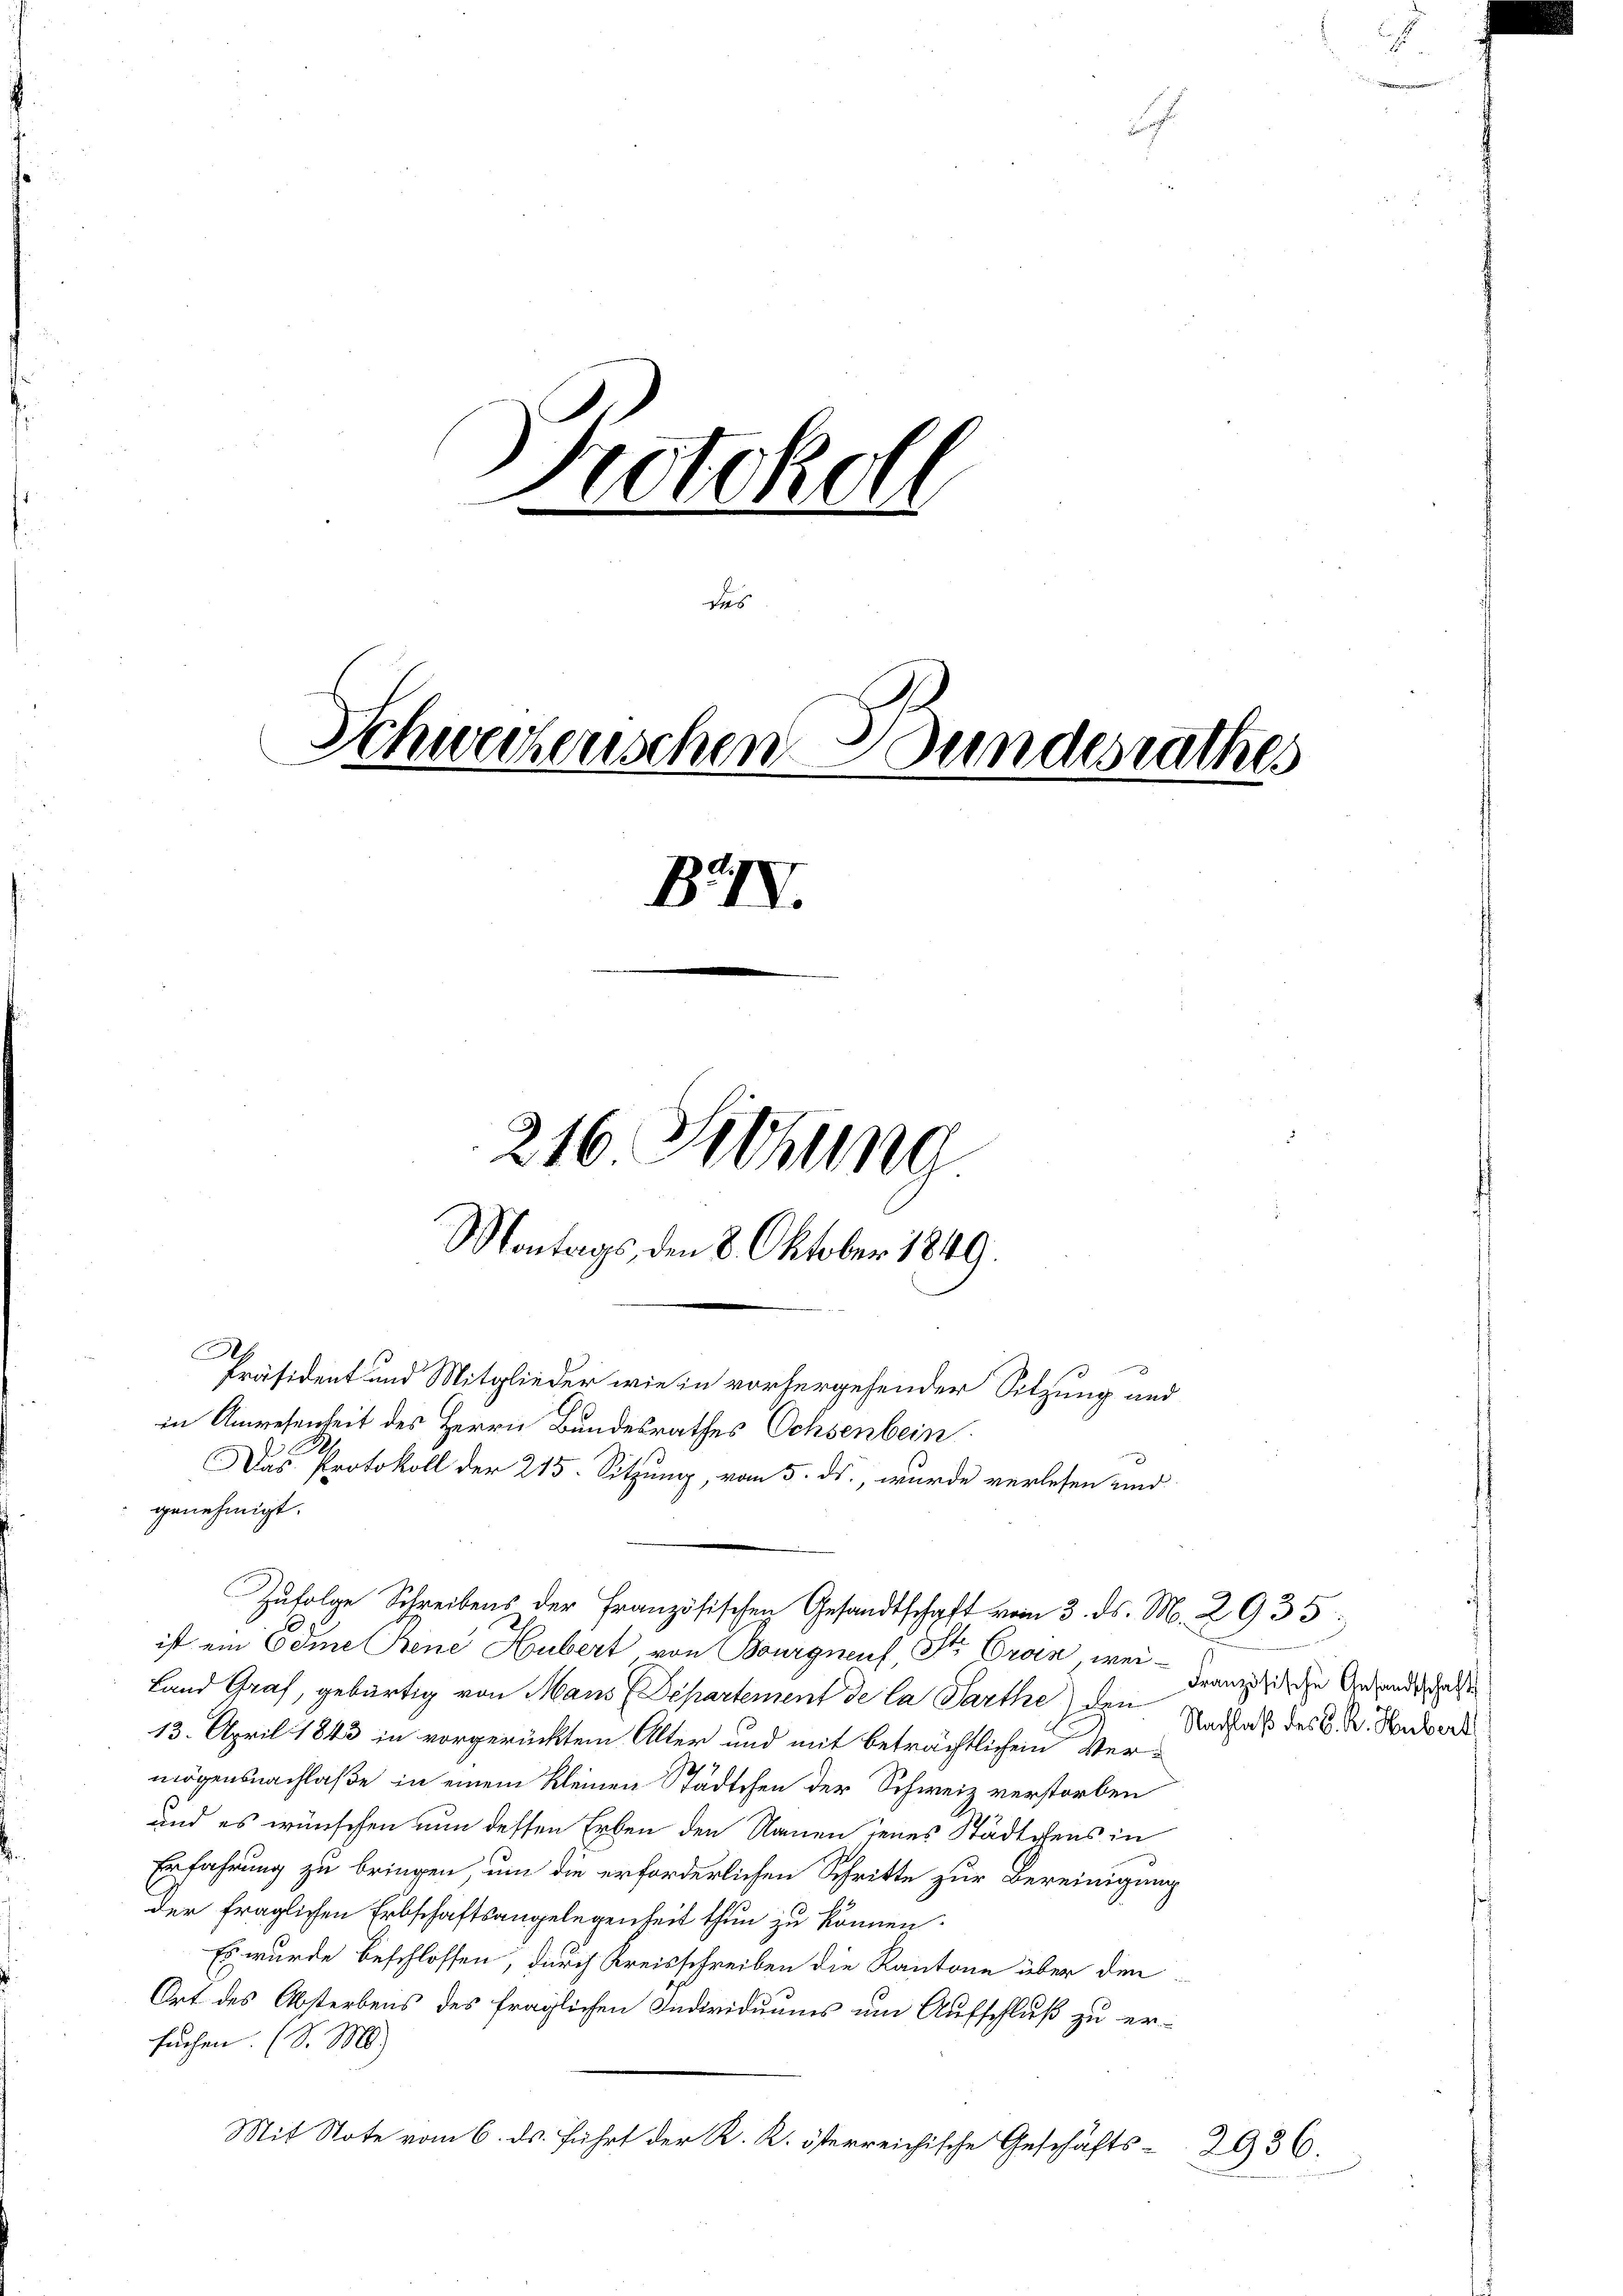
Potckch
des
d
Schweizerischen Wundesrathes
BV.
216 Setzung
Montags, den 8. Oktober 1849.

Präsident und Mitglieder wie in vorhergehender Sitzung und
in Anwesenheit des Herrn Bundesrathes Ochsenbein
Das Protokoll der 215. Sitzung, vom 5. ds., wurde verlesen und

ist ein Edme Bene Hubert von Bourgneus, St. Gran wei¬
Land Graf, gebürtig von Mans Departement de la Parthe den
13. April 1843 in vorgerücktem Alter und mit beträchtlichen Ver-
mögensnachlaße in einem Kleinen Städtchen der Schweiz verstorben
und es wünschen nun dessen Erben den Nauen jenes Städtchens in
Erfahrung zu bringen, um die erforderlichen Schritte zur Bereinigung
der fraglichen Erbschaftsangelegenheit thun zu können.
Es wurde beschlossen, durch Kreisschreiben die Kantone über den
Ort des Absterbens des fraglichen Individuums um Aufschluß zu ersuchen. (S. M.)
Mit Note vom 6. ds. führt der K. K. österreichische Geschäfts- 2936.

genehmigt.

Zufolge Schreibens der Französischen Gesandtschaft vom 3. ds. M. 2935:

Französische Gesandtschaft
Nachlaß des C. R. Hubert